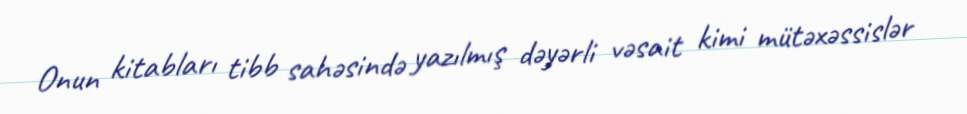
Onun kitabları tibb sahəsində yazılmış dəyərli vəsait kimi mütəxəssislər